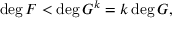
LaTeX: \deg F < \deg G ^ { k } = k \deg G ,